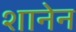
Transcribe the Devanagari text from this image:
शानेन